Leaving Certificate Examination, 1902
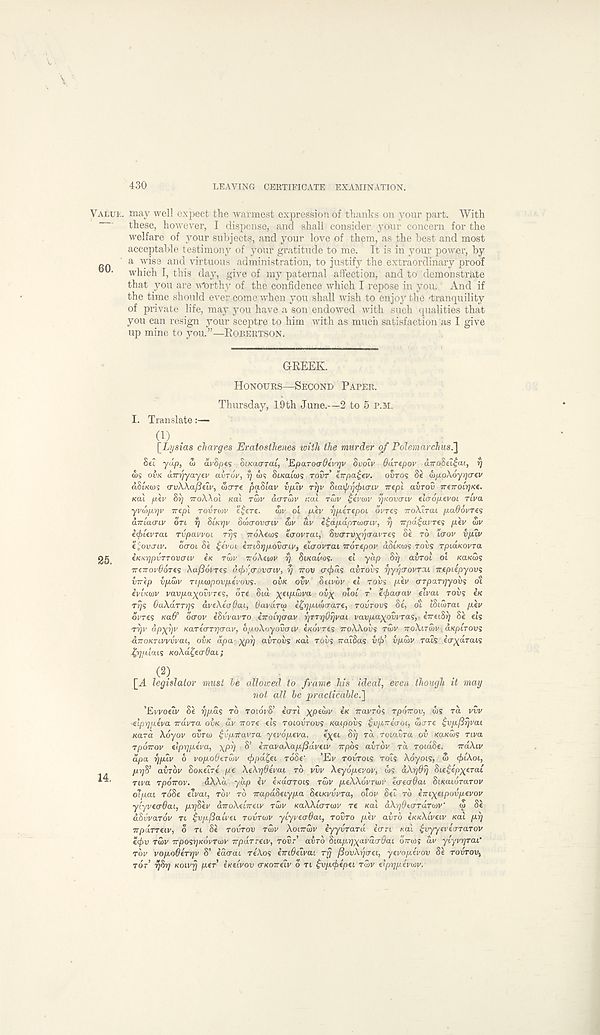
430
LEAVING CERTIFICATE EXAMINATION.
VALUE, may well expect the warmest expression of thanks on your part. With
these, however, I dispense, and shall consider your concern for the
welfare of your subjects, and your love of them, as the best and most
acceptable testimony of your gratitude to me. It is in your power, by
RO
a w: * S8 an(^ v i rtuou ' s administration, to justify the extraordinary proof
which I, this day, give of my paternal affection, and to 'demonstrate
that you are worthy of the confidence which I repose in you. And if
the time should ever come when you shall wish to enjoy the 'tranquility
of private life, may you have a son endowed with such qualities that
you can resign your sceptre to him with as much satisfaction as I give
up mine to you.”—ROBERTSON.
GREEK.
HONOURS—SECOND PAPER.
Thursday, 19th June.—2 to 5 P.M.
I. Translate:—
W [Lysias charges Eratosthenes with the murder of Polemarchus.']
Set yup, OJ dvSpes SiKacrrat, ’Epa-oa-OLyr Suoiv ddrepov obroSetltti, rj
«)S OVK airrjyayev cdroV, rj ws SiKatws TOVT hrpa^tv. ovros Se iipoKoyqa-iv
aSiKtas avWafieiv, (Strre paStav v/uv ryv Stai^jj^tcrtr nepl avrov ireTroirjKe.
Kat per Sr) TTOWO! KO.\ TS>V a err to 1/ i:al TUIV
yKOvcnv tlaopevoL TtVa
yvwprjv rept rovrow efere. ait' ot pXv ypirepoi ovres TroXtrat p.a.OovTes
diriao-LV ort r) StK-qv Swtrovcnv Si/ ay e^apapranrti/, r/ Trpa^at'res per Sv
i<puvTai TV paw oi Trj<; rroAeais etrovrat, SaOTVyrjtrat'Tes Se TO tcrot/ vpiv
Lovaiv. ocrot Se ievoL imSt]povaiy, elvovTai nonpar dSt/«os rolls TpLaKovra
gg
iKK-qpvTTOva’iv in rail/ TroAewr r) Sneatajs.
el yap Sij aurot ot /caicais
rren-oi/^dres Xafiovres d.<f>i')<rovcriv, rj nov (njrds avrovs rjyqo'OVTCU nepiipyovi
virkp vp.o)v Tiporpovpti'ovs.
OVK OVV Savoy el TOVS pev orpaTrjyovs ot
ivu<wv vavpayowres, ore Sid yetpait/a ouy otot r €<pacrav etrat roii? ex
rijs GaXdrrqs aveXeoGai, Gaydro) e^p-twerare, rourors Se, ot iStairai p.ei/
orres
ocrov eSvvavTO inoirjaav rjTTqOrjvai vavpa^owras,- inecSr] Se els
T7]v dp^-qv Kareo-Trjcrav, opoXoyovoiv eKovres noXXovs raiv 7roXtTa)v ; aKpirovs
diroKTLVvvvai, OVK dpa- )(pij avrovs «at rows jratSas
vpd>v rats ecrydrat?
jfcqplais KoXd^eadaL;
(2)
[A legislator must he allowed to frame his ideal, even though it may
not all he practicable.']
’Evroeiv Se
TO TOIOVS’ earl ypeojj/ CK navros rponov, Ss ret rtiv
•elpqpeva ndvra OVK dv rrore eis TOIOVTOVS Kaipovs ^vpireuoi, Sore £vp/3rjvai
Karo Xcyor ovrv) Lcptfavra yevopeva. eyei S^ rd roiavra ov /ea/cdis rtva
rponov elprjpeva, \pq S’ erravaXap/Saveiv npos avrov rd roidSe. ndXuy
dpa rjpiv o vopodeTwv (jrpd^eL rdSe’ ’Er TOVTOLS rots Xdyots, S <f)tXot,
pijS’ avrov SoKetre pe XeXr/Gevai TO J/CI/ Xeydpevov, ws dXr)0rj Ste^epyerat
rtra rponov. dXXd y.dp ev e/cdo‘TOts TWV peXXoi/rtor ecrecrdai SiKaiorarov
otpat rdSe etvat, Tor TO TrapdSetypa SeiKvvvTa, otot/ Set TO enc^eipoxipevov
yiyvecrOai, pr]Sev dnoXeineiv TWV KaXXicrTOJV re teat aXydaxTaTivv' <S Se
dSoVardv Tt £vp/3aivei TOVTCOV yi'yi eoOai, TOVTO pev avro eKKXiveiv /cat prj
npdrreiv, o Tt Se TOVTOV TOII/ Xoinwv eyyvrard eerri /<at ^oyyeve'o-Tarov
eejSv Twv nposrjKoyTwv nparreiv, rovr’ avro Siap-q^avairdai oVtos di/ ylyvqraC
Toy vopodtTTqv S’ eacrat reXos imOeivai rfj /SovXrjaei, yevopevov Se TOOTOV,
TOT’ iqSq Koivfj per e/cetvov o-/co7retv o Tt ^vpbepei TWV elprjpevwv.